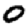
Digit: 0